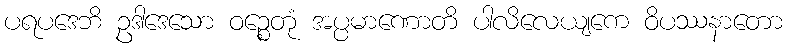
ပရပဒေဘိ ဥဒါဒေသော ဝဉ္စေတုံ အပ္ပမာဏောတိ ပါလိလေယျကေ ဝိပဿနာတော